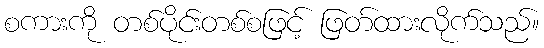
စကားကို တစ်ပိုင်းတစ်စဖြင့် ဖြတ်ထားလိုက်သည်။